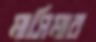
মাসিমার